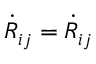
\dot { R } _ { i j } = \dot { R } _ { i j }